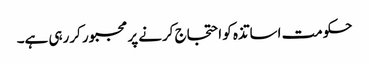
حکومت اساتذہ کو احتجاج کرنے پر مجبور کررہی ہے۔